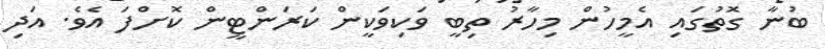
ބުނާ ގޮތުގައި އެމީހުން މިހާރު ތިބީ ވަކިވަކީން ކަރަންޓީން ކޮށްފަ އެވެ. އަދި